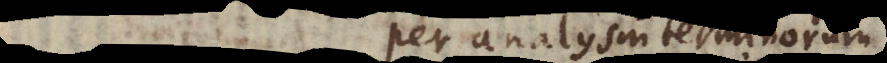
per analysin terminorum